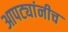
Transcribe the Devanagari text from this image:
आपट्यांनीच